Sanitation, dispensaries and jails vaccination Rajputana 1922-1927 - 1922-1927
Year: 1922
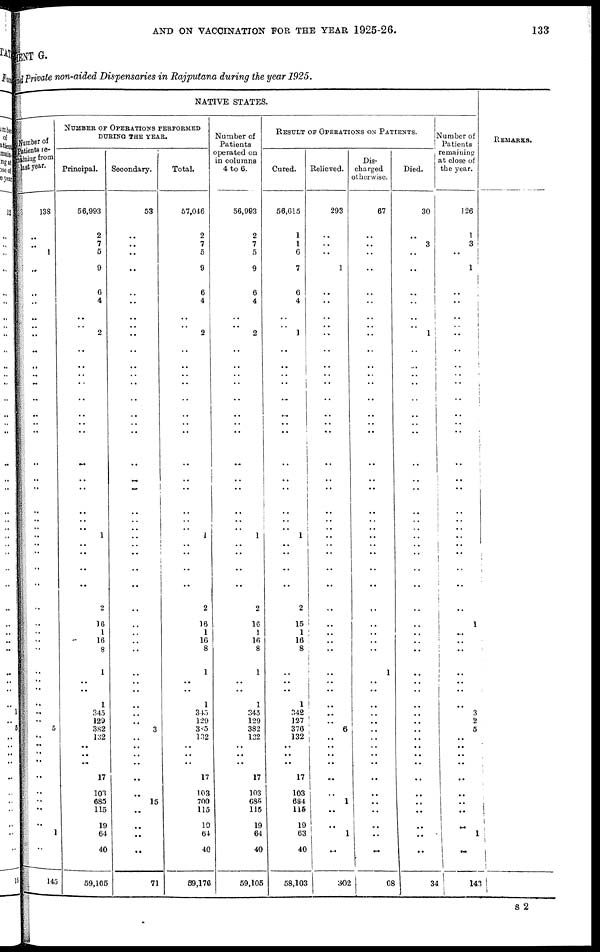
AND ON VACCINATION FOR THE YEAR 1925-26.
133
MENT G.
and Private non-aided Dispensaries in Rajputana during the year 1925.
NATIVE STATES.
Number of
patients re¬
maining from
last year.
138
..
..
1
..
..
..
..
..
..
..
..
..
..
..
..
..
..
..
..
..
..
..
..
..
..
..
..
..
..
..
..
..
..
..
..
..
..
...
..
5
..
..
..
..
..
..
..
..
..
1
..
145
NUMBER OF OPERATIONS PERFORMED
DURING THE YEAR.
Principal.
56,993
2
7
5
9
6
4
..
..
2
..
..
..
..
..
..
..
..
..
..
..
..
..
..
1
..
..
..
..
2
16
1
16
8
1
..
..
1
345
129
382
132
..
..
..
17
103
685
115
19
64
40
59,106
Secondary.
53
..
..
..
..
..
..
..
..
..
..
..
..
..
..
..
..
..
..
..
..
..
..
..
..
..
..
..
..
..
..
..
..
..
..
..
..
..
..
..
3
..
..
..
..
..
..
15
..
..
..
..
71
Total.
57,046
2
7
5
9
6
4
..
..
2
..
..
..
..
..
..
..
..
..
..
..
..
..
..
1
..
..
..
..
2
16
1
16
8
1
..
..
1
345
129
385
132
..
..
..
17
103
700
115
19
64
40
59,176
Number of
Patients
operated on
in columns
4 to 6.
56,993
2
7
5
9
6
4
..
..
2
..
..
..
..
..
..
..
..
..
..
..
..
..
.. 1
..
..
..
..
2
16
1
16
8
1
..
..
1
345
129
382
132
..
..
..
17
103
685
115
19
64
40
59,105
RESULT OF OPERATIONS ON PATIENTS.
Cured.
56,615
1
1
6
7
6
4
..
..
1
..
..
..
..
..
..
..
..
..
..
..
..
..
.. 1
..
..
..
..
2
15
1
16
8
..
..
..
1
342
127
376
132
.. ..
..
17
103
684
115
19
63
40
58,103
Relieved.
293
..
..
..
1
..
..
..
..
..
..
..
..
..
..
..
..
..
..
..
..
..
..
..
..
..
..
..
..
..
..
..
..
..
..
..
1
..
..
..
6
..
..
..
..
..
..
1
..
1
1
..
302
Dis-
charged
otherwise
67
..
..
..
..
..
..
..
.. ..
..
..
..
..
..
..
..
..
..
..
..
..
..
..
..
.. ..
..
..
..
..
..
..
..
1
..
..
..
..
..
..
..
..
..
..
..
..
..
..
..
..
..
68
Died.
30
..
3
..
..
1
..
..
..
1
..
1
..
..
..
..
..
..
..
..
..
..
..
..
..
..
..
..
..
..
..
..
..
..
..
..
..
..
..
..
..
..
..
..
..
..
..
..
..
..
..
..
34
Number of
Patients
remaining
at close of
the year.
126
1
3
..
1
..
..
..
.. ..
..
..
..
..
..
..
..
..
..
..
..
..
..
..
..
..
..
..
..
..
1
..
..
..
..
..
..
..
3
2
5
..
..
..
..
..
..
..
..
..
1
..
143
REMARKS.
S 2